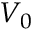
V _ { 0 }